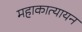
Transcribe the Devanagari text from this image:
महाकात्यायन